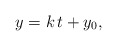
\begin{align*}y = k\, t + y_0,\end{align*}